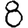
Digit: 8